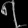
Digit: ၇